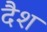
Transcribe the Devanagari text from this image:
दैश